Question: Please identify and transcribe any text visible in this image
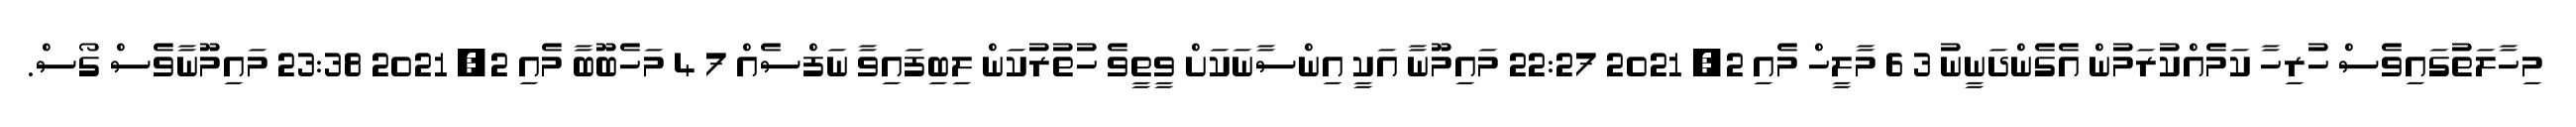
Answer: މިހާލަތުގައިވެސް ހުރިހާ ކަމެއްކުރަމުން އެގެންދަނީނު 3 6 މާލީހް މެއި 2, 2021 22:27 މައިމޫނާ އަކީ އިންސާނަކަށް ވީތީވެ ހުތުރުކަން ލިބިފައިވާ ނަފްސެއް 7 4 މަހެބޫބާ މެއި 2, 2021 23:38 މައިމޫނާވެސް ގޯސް.